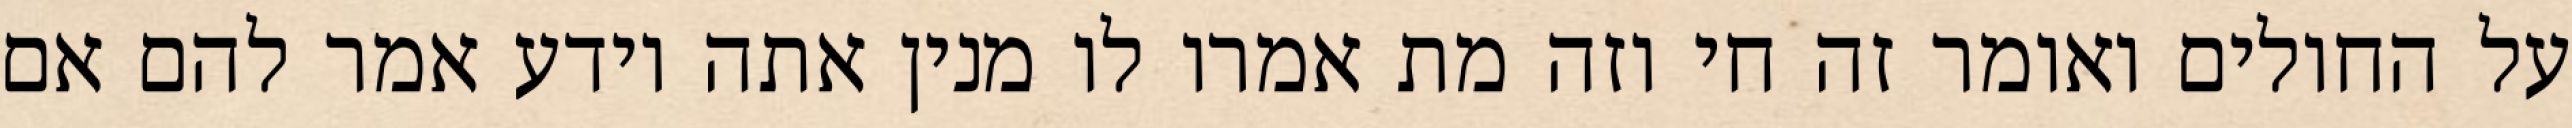
על החולים ואומר זה חי וזה מת אמרו לו מנין אתה יודע אמר להם אם